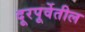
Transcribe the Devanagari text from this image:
दूरपूर्वेतील